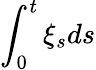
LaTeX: \int_{0}^{t}\xi_{s}ds